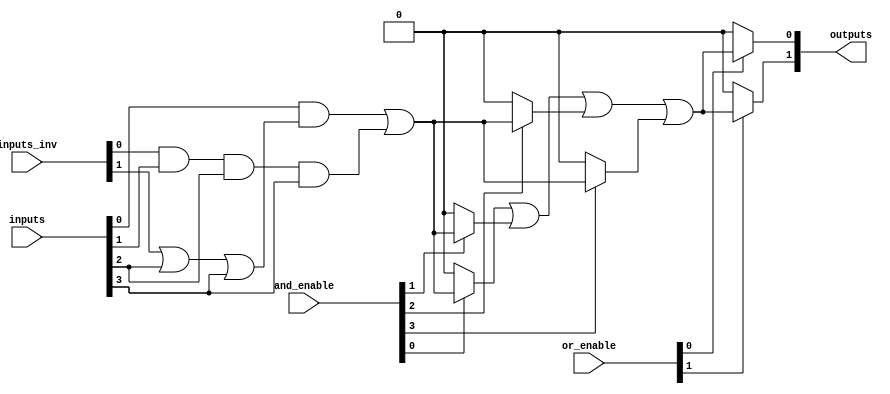
module PLA #(
    parameter INPUT_WIDTH = 4,    // Number of input lines
    parameter AND_TERMS = 4,       // Number of AND terms
    parameter OR_TERMS = 2         // Number of OR terms
)(
    input wire [INPUT_WIDTH-1:0] inputs, // Input lines
    input wire [INPUT_WIDTH-1:0] inputs_inv, // Inverted inputs
    input wire [AND_TERMS-1:0] and_enable, // Enable signals for AND gates
    input wire [OR_TERMS-1:0] or_enable,   // Enable signals for OR gates
    output wire [OR_TERMS-1:0] outputs      // Output lines
);

// Declare the product term wires
wire [AND_TERMS-1:0] and_outputs;

// Programmable AND array
genvar i;
generate
    for (i = 0; i < AND_TERMS; i = i + 1) begin : and_array
        // Each AND gate can take any combination of inputs or their inversions
        assign and_outputs[i] = (and_enable[i]) ? 
            ((inputs[0] & (inputs_inv[1] | inputs[2] | inputs[3])) | 
             (inputs_inv[0] & inputs[1] & inputs[2] & inputs[3])): 1'b0;
    end
endgenerate

// Programmable OR array
genvar j;
generate
    for (j = 0; j < OR_TERMS; j = j + 1) begin : or_array
        // OR gates take a selection of AND outputs
        assign outputs[j] = (or_enable[j]) ? 
            (and_outputs[0] | and_outputs[1] | and_outputs[2] | and_outputs[3]) : 1'b0;
    end
endgenerate

endmodule